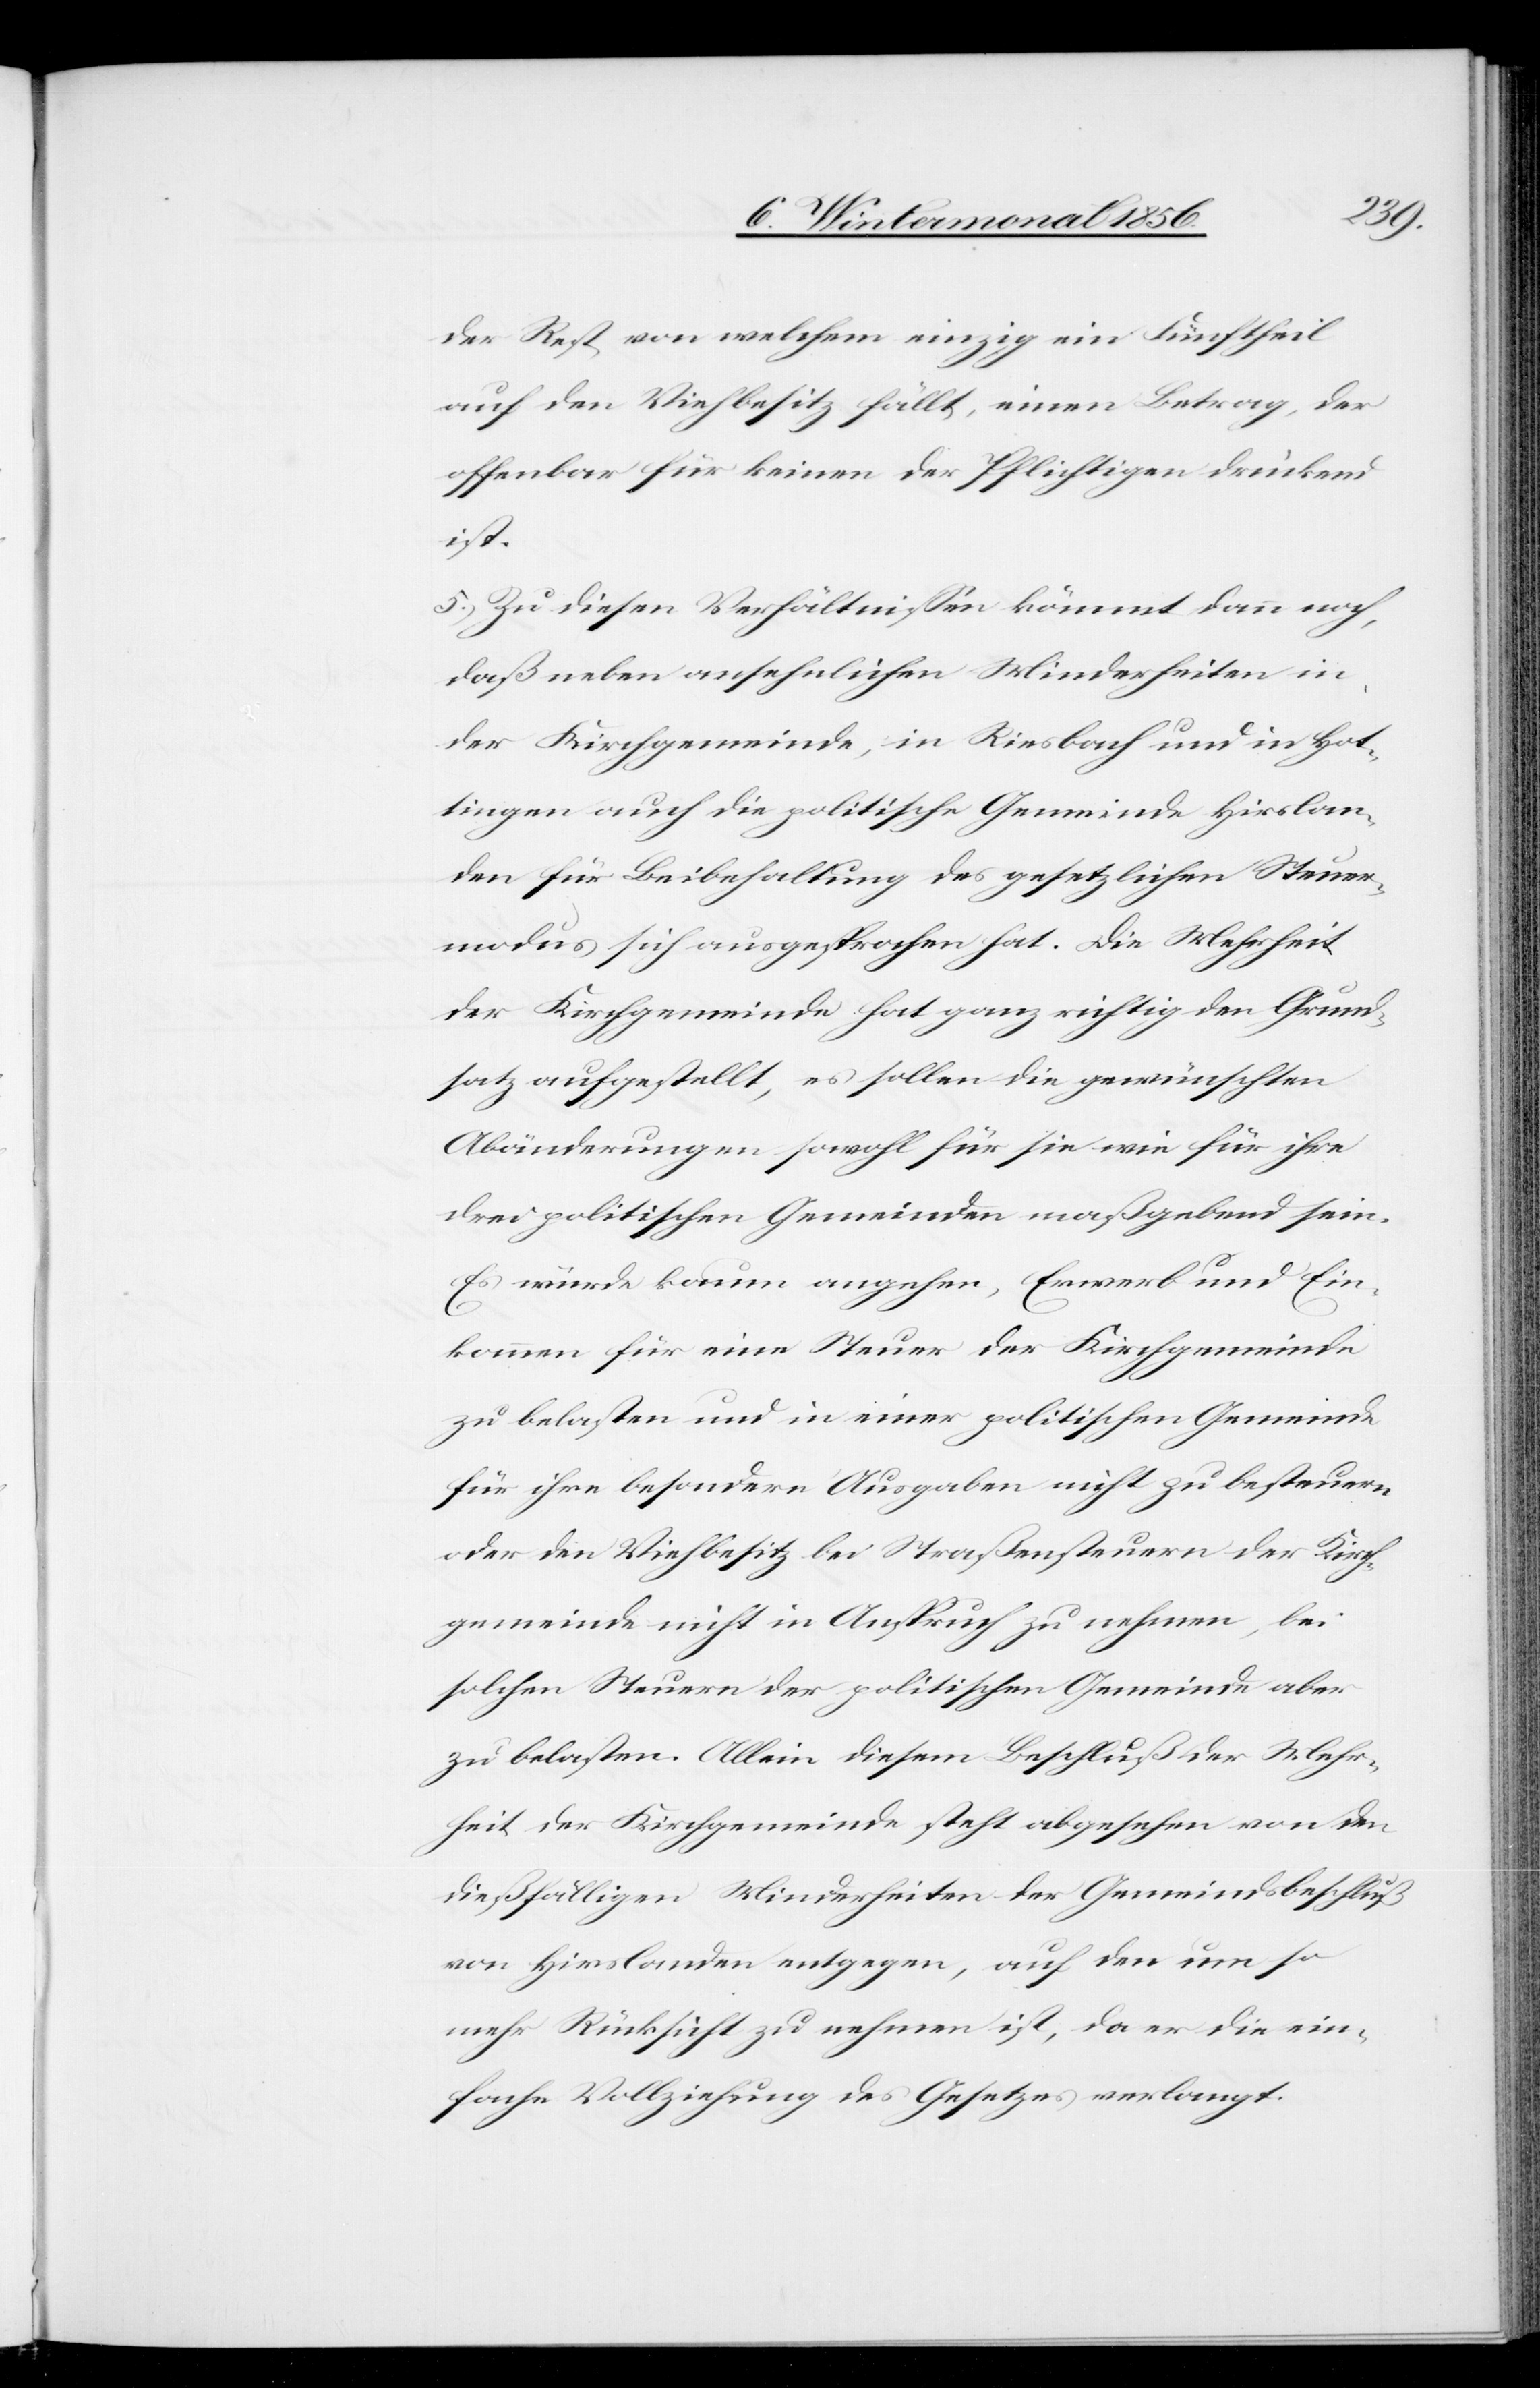
der Rest, von welchem einzig ein Fünftheil
auf den Viehbesitz fällt, einen Betrag, der
offenbar für keinen der Pflichtigen drückend
ist.
5.) Zu diesen Verhältnissen kömmt dann noch,
daß neben ansehnlichen Minderheiten in
der Kirchgemeinde, in Riesbach und in Hot¬
tingen auch die politische Gemeinde Hirslan¬
den für Beibehaltung des gesetzlichen Steuer¬
modus sich ausgesprochen hat. Die Mehrheit
der Kirchgemeinde hat ganz richtig den Grund¬
satz aufgestellt, es sollen die gewünschten
Abänderungen sowohl für sie wie für ihre
drei politischen Gemeinden maßgebend sein.
Es würde kaum angehen, Erwerb und Ein¬
kommen für eine Steuer der Kirchgemeinde
zu belasten und in einer politischen Gemeinde
für ihre besondern Ausgaben nicht zu besteuern
oder den Viehbesitz bei Straßensteuern der Kirch¬
gemeinde nicht in Anspruch zu nehmen, bei
solchen Steuern der politischen Gemeinde aber
zu belasten. Allein diesem Beschluß der Mehr¬
heit der Kirchgemeinde steht abgesehen von den
dießfälligen Minderheiten der Gemeindsbeschluß
von Hirslanden entgegen, auf den um so
mehr Rücksicht zu nehmen ist, da er die ein¬
fache Vollziehung des Gesetzes verlangt.